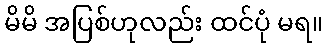
မိမိ အပြစ်ဟုလည်း ထင်ပုံ မရ။